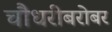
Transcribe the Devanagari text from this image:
चौधरीबरोबर